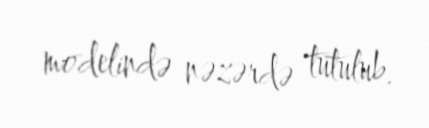
modelində nəzərdə tutulub.